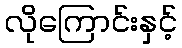
လိုကြောင်းနှင့်